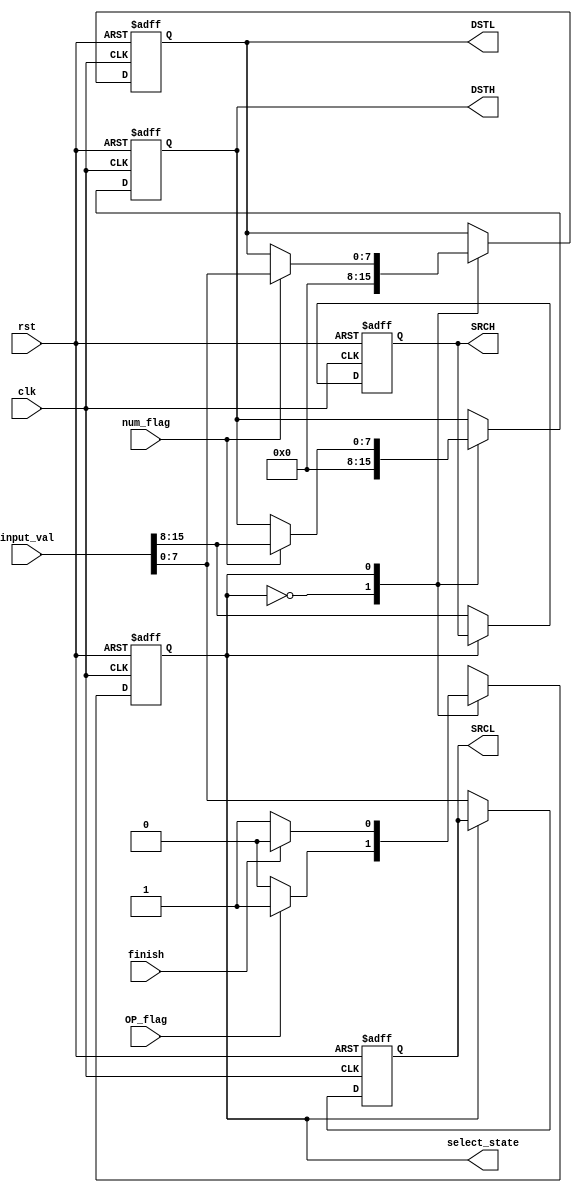
`timescale 1ns / 1ps
//////////////////////////////////////////////////////////////////////////////////
// Company: 
// Engineer: 
// 
// Design Name: 
// Module Name: NumSelect
// Project Name: 
// Target Devices: 
// Tool Versions: 
// Description: 
// 
// Dependencies: 
// 
// Revision:
// Revision 0.01 - File Created
// Additional Comments:
// 
//////////////////////////////////////////////////////////////////////////////////


module NumSelect(
    input  wire         clk,
	input  wire         rst,
	input  wire         num_flag,
	input  wire         OP_flag, 
    input  wire         finish, 
    input  wire  [15:0] input_val,
    
    output reg          select_state,
    output reg    [7:0] SRCH,
    output reg    [7:0] SRCL,
    output reg    [7:0] DSTH,
    output reg    [7:0] DSTL
);

//    reg   select_state;
    parameter SRC = 1'b0 ,  DST = 1'b1 ;

always@(posedge clk, posedge rst)
	begin
		if(rst)
			begin
				select_state <= SRC;
				SRCH <= 8'b0;
				SRCL <= 8'b0;
				DSTH <= 8'b0;
				DSTL <= 8'b0;				
			end 
		else
			case(select_state)
				SRC:
					begin
						if(OP_flag)
							select_state <= DST;
						else
							select_state <= SRC;
							
						{SRCH,SRCL} <= input_val;
						{DSTH,DSTL} <= 16'b0;	
					end
				DST:
					begin						
						if(finish)
							select_state <= SRC;
						else
							select_state <= DST;
						//BUG
						if(num_flag)
						  {DSTH,DSTL} <= input_val;
					end
				default:
					begin
						select_state <= SRC;
							
						{SRCH,SRCL} <= input_val;							
					end
			endcase
	end

endmodule